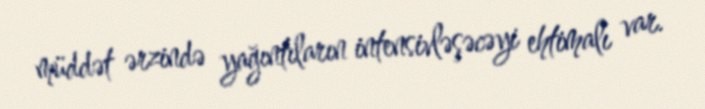
müddət ərzində yağıntıların intensivləşəcəyi ehtimalı var.